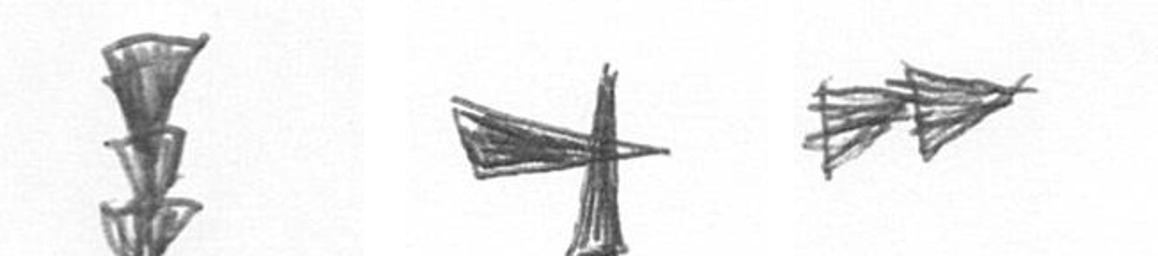
E G A